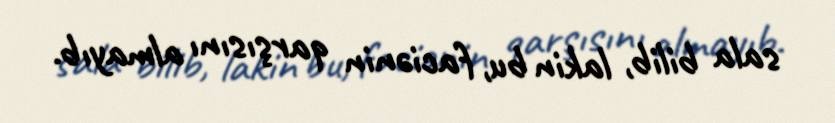
sala bilib, lakin bu, faciənin qarşısını almayıb.